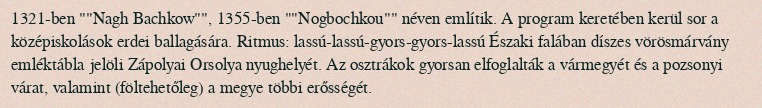
1321-ben ""Nagh Bachkow"", 1355-ben ""Nogbochkou"" néven említik. A program keretében kerül sor a középiskolások erdei ballagására. Ritmus: lassú-lassú-gyors-gyors-lassú Északi falában díszes vörösmárvány emléktábla jelöli Zápolyai Orsolya nyughelyét. Az osztrákok gyorsan elfoglalták a vármegyét és a pozsonyi várat, valamint (föltehetőleg) a megye többi erősségét.